Annual report of the Prince of Wales Medical College, Patna
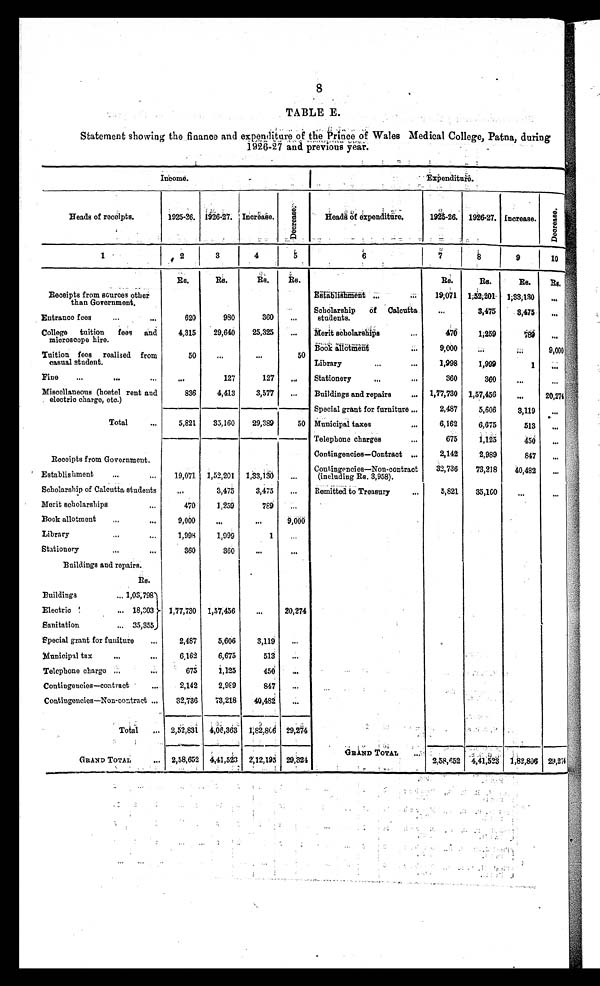
8
TABLE E.
Statement showing the finance and expenditure of the Prince of Wales Medical College, Patna, during
1926-27 and previous year.
Income.
Expenditure.
Heads of receipts.
1925-26. 1926-27.
I n c r e a s e .
D e o r e a s e .
Heads of expenditure.
1925-26. 1926-27. Increase.
Deorease.
1
2
3
4
5
6
7
8
9
10
Rs.
Rs.
Rs.
Rs.
Rs.
Rs.
Rs.
R s .
Receipts from sources other
than Government.
Establishment ...
. . . 19,071 1,52,201 1,33,130
. . .
Entrance fees
...
. . .
620
980
360
...
Scholarship
of Calcutta
students.
. . .
3,475
3 , 4 7 5
. . .
College tuition
fees and
microscope hire.
4,315
29,640
25,325
...
Merit scholarships
. . .
470
1,259
7 8 9
...
Tuition fees realised from
casual student.
50
...
...
50
Book allotment
. . .
9,000
...
. . .
9,000
Library
...
...
1,998
1,999
1
...
Fine
...
. . .
...
. . .
127
127
...
Stationery
...
. . .
360
360
. . .
. . .
Miscellaneous (hostel rent and
electric charge, etc.)
836
4,413
3,577
...
Buildings and repairs
. . .
1,77,730 1,57,456
. . .
20,274
5,821
35,160
29,389
50
Special grant for furniture ...
2,487
5,606
3,119
...
Total
...
Municipal taxes
...
6,162
6,675
513
...
Telephone charges
...
675
1,125
4 5 0
...
Receipts from Government.
Contingencies—Contract ...
2,142
2,989
847
...
Establishment
...
...
19,071 1,52,201
1,33,130
...
Contingencies—Non-contract
(including Rs. 3,958).
32,736
73,218
40,482
...
Scholarship of Calcutta students
. . .
3,475
3,475
...
Remitted to Treasury
...
5,821
35,160
. . .
. . .
Merit scholarships
...
470
1,259
789
...
Book allotment
..
...
9,000
...
. . .
9,000
Library
...
...
1 , 9 9 8
1,999
1
...
Stationery
...
...
360
360
...
...
Buildings and repairs.
Rs.
Buildings
. . . 1,03,798
1,77,730 1,57,456
...
20,274
Electric
... 18,303
Sanitation
... 35,355
Special grant for funiture
...
2,487
5,606
3,119
...
Municipal tax
...
. . .
6,162
6,675
513
...
Telephone charge
. . .
...
675
1,125
450
...
Contingencies—contract
...
2,142
2 , 9 8 9
847
...
Contingencies—Non-contract ...
32,736
73,218
40,482
. . .
T o t a l
... 2,52,831 4,06,363
1 , 8 2 , 8 0 6
29,274
GRAND TOTAL
...
2,58,652 4,41,523 2,12,195 29,324
GRAND TOTAL
. . .
2 , 5 8 , 6 5 2 4,41,523 1,82,806 29,274